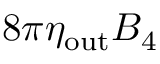
8 \pi \eta _ { \mathrm { o u t } } B _ { 4 }